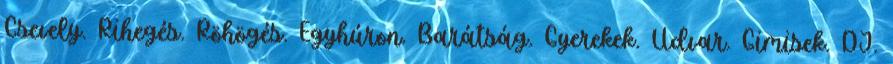
Csevely. Rihegés. Röhögés. Egyhúron. Barátság. Gyerekek. Udvar. Gimisek. DJ.